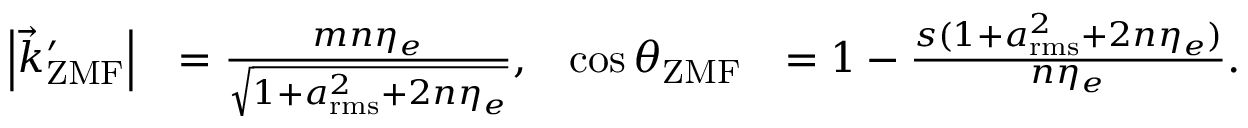
\begin{array} { r l r l } { { \left| { \vec { k } _ { \mathrm { Z M F } } ^ { \prime } } \right| } } & { = \frac { m n \eta _ { e } } { \sqrt { 1 + a _ { \mathrm { r m s } } ^ { 2 } + 2 n \eta _ { e } } } , } & { \cos \theta _ { \mathrm { Z M F } } } & { = 1 - \frac { s ( 1 + a _ { \mathrm { r m s } } ^ { 2 } + 2 n \eta _ { e } ) } { n \eta _ { e } } . } \end{array}